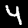
Label: 4